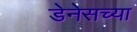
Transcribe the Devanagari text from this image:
डेनेसच्या